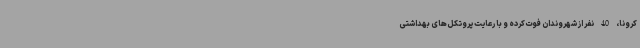
کرونا، 40 نفر از شهروندان فوت کرده‌ و با رعایت پروتکل‌های بهداشتی